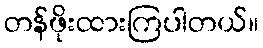
တန်ဖိုးထားကြပါတယ်။